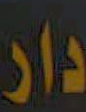
دار